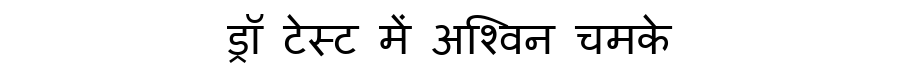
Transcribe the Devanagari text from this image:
ड्रॉ टेस्ट में अश्विन चमके